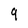
Character: 9